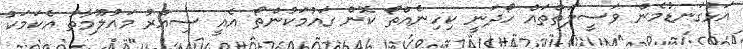
އަޅުގަނޑުމެން ވަސީލަތްތައް ހޯދަނީ ކިހިނެއްތޯ ކޮން ގައުމަކުންތޯ އެއީ ސިއްރު މައުލޫމާތު އެކަމަކު